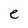
Character: e